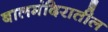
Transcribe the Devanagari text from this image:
बालमंदिरातील